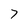
Character: 7